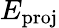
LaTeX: E_{\mathrm{proj}}